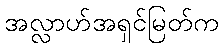
အလ္လာဟ်အရှင်မြတ်က